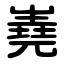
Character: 嶤